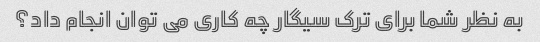
به نظر شما برای ترک سیگار چه کاری می توان انجام داد؟